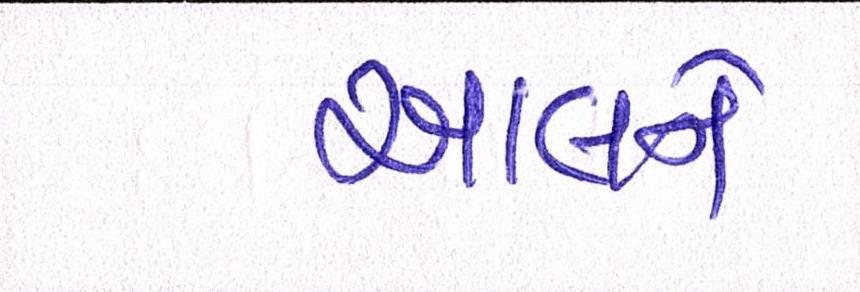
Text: આલને